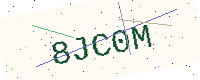
Text: 8JC0M